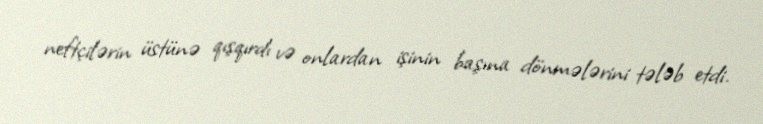
neftçilərin üstünə qışqırdı və onlardan işinin başına dönmələrini tələb etdi.